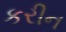
કરીન